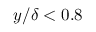
y / \delta < 0 . 8